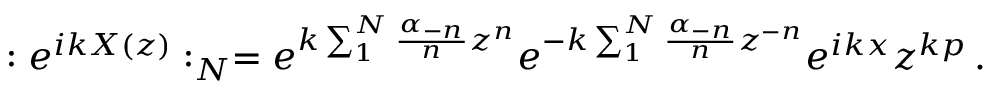
: e ^ { i k X ( z ) } : _ { N } = e ^ { k \sum _ { 1 } ^ { N } \frac { \alpha _ { - n } } { n } z ^ { n } } e ^ { - k \sum _ { 1 } ^ { N } \frac { \alpha _ { - n } } { n } z ^ { - n } } e ^ { i k x } z ^ { k p } \, .